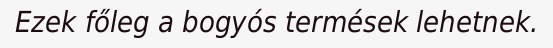
Ezek főleg a bogyós termések lehetnek.